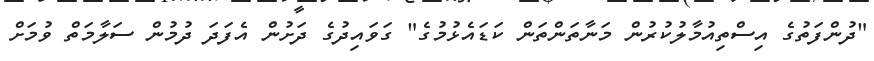
"ދުންފަތުގެ އިސްތިއުމާލުކުރުން މަނާތަންތަން ކަޑައެޅުމުގެ" ގަވައިދުގެ ދަށުން އެފަދަ ދުމުން ސަލާމަތް ވުމަށް